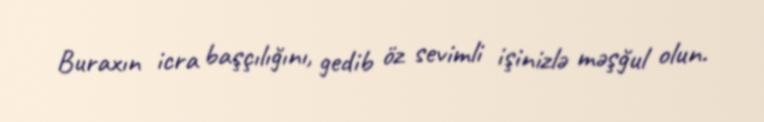
Buraxın icra başçılığını, gedib öz sevimli işinizlə məşğul olun.